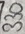
Text: 330